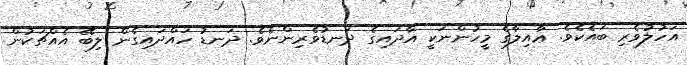
އަހުލުވެރި ބައެކެވެ. ޢާއިލާގެ މީހުންނަކީ އާދައިގެ ދަނޑުވެރިންނެވެ. ދަނޑު ހައްދައިގެން ލިބޭ އެއްޗަކުން